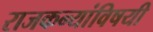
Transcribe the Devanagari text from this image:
राजकन्यांविषयी